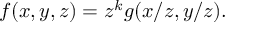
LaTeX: f ( x , y , z ) = z ^ { k } g ( x / z , y / z ) .